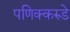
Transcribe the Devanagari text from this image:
पणिक्करुडे